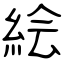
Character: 絵